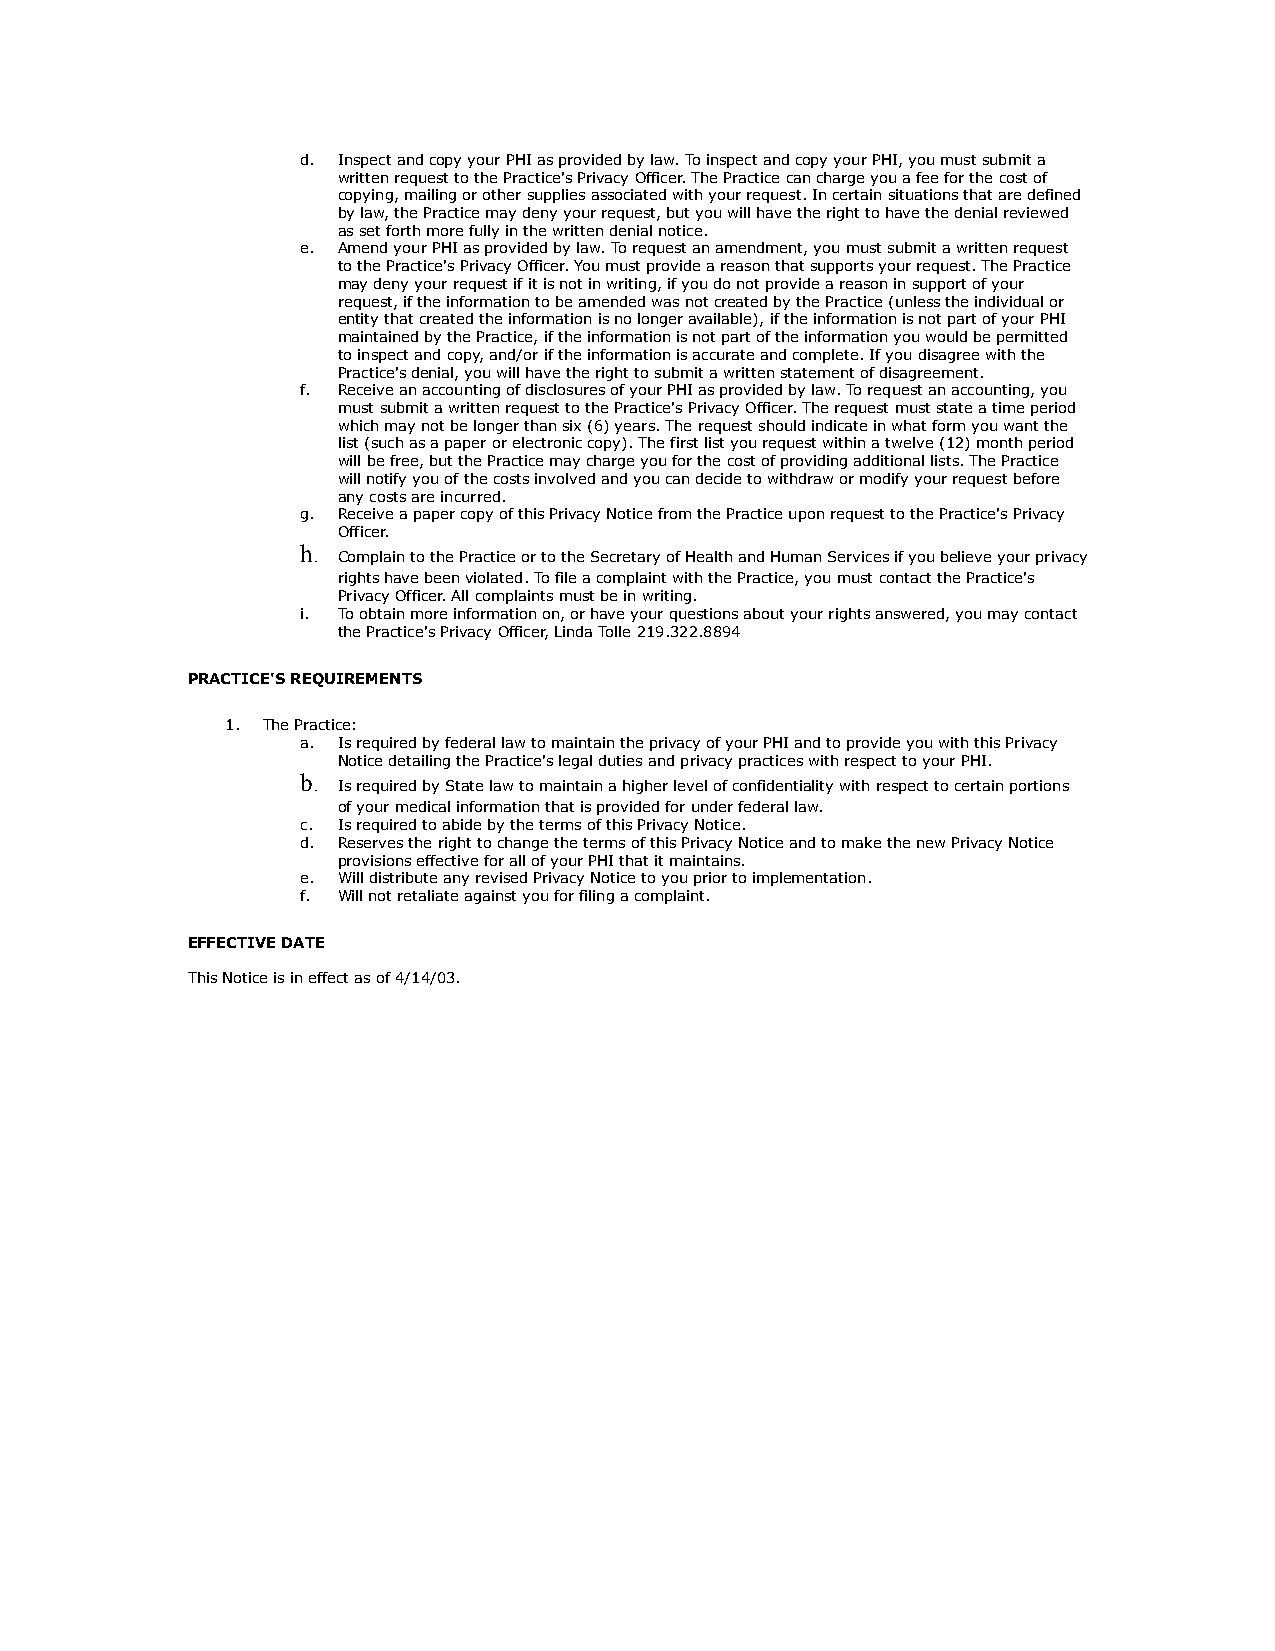
d. Inspect and copy your PHI as provided by law. To inspect and copy your PHI, you must submit a
 written request to the Practice's Privacy Officer. The Practice can charge you a fee for the cost of
 copying, mailing or other supplies associated with your request. In certain situations that are defined
 by law, the Practice may deny your request, but you will have the right to have the denial reviewed
 as set forth more fully in the written denial notice.
 e. Amend your PHI as provided by law. To request an amendment, you must submit a written request
 to the Practice's Privacy Officer. You must provide a reason that supports your request. The Practice
 may deny your request if it is not in writing, if you do not provide a reason in support of your
 request, if the information to be amended was not created by the Practice (unless the individual or
 entity that created the information is no longer available), if the information is not part of your PHI
 maintained by the Practice, if the information is not part of the information you would be permitted
 to inspect and copy, and/or if the information is accurate and complete. If you disagree with the
 Practice's denial, you will have the right to submit a written statement of disagreement.
 f. Receive an accounting of disclosures of your PHI as provided by law. To request an accounting, you
 must submit a written request to the Practice's Privacy Officer. The request must state a time period
 which may not be longer than six (6) years. The request should indicate in what form you want the
 list (such as a paper or electronic copy). The first list you request within a twelve (12) month period
 will be free, but the Practice may charge you for the cost of providing additional lists. The Practice
 will notify you of the costs involved and you can decide to withdraw or modify your request before
 any costs are incurred.
 g. Receive a paper copy of this Privacy Notice from the Practice upon request to the Practice's Privacy
 Officer.
 h.
 Complain to the Practice or to the Secretary of Health and Human Services if you believe your privacy
 rights have been violated. To file a complaint with the Practice, you must contact the Practice's
 Privacy Officer. All complaints must be in writing.
 i. To obtain more information on, or have your questions about your rights answered, you may contact
 the Practice's Privacy Officer, Linda Tolle 219.322.8894
 PRACTICE'S REQUIREMENTS
 1. The Practice:
 a. Is required by federal law to maintain the privacy of your PHI and to provide you with this Privacy
 Notice detailing the Practice's legal duties and privacy practices with respect to your PHI.
 b.
 Is required by State law to maintain a higher level of confidentiality with respect to certain portions
 of your medical information that is provided for under federal law.
 c. Is required to abide by the terms of this Privacy Notice.
 d. Reserves the right to change the terms of this Privacy Notice and to make the new Privacy Notice
 provisions effective for all of your PHI that it maintains.
 e. Will distribute any revised Privacy Notice to you prior to implementation.
 f. Will not retaliate against you for filing a complaint.
 EFFECTIVE DATE
 This Notice is in effect as of 4/14/03.